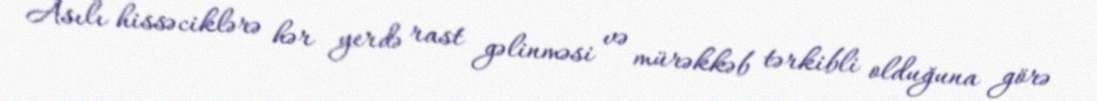
Asılı hissəciklərə hər yerdə rast gəlinməsi və mürəkkəb tərkibli olduğuna görə